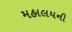
મહાલયની